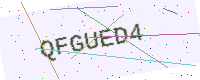
Text: QFGUED4